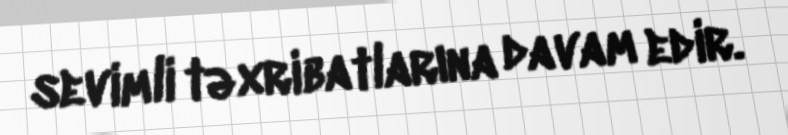
sevimli təxribatlarına davam edir.